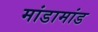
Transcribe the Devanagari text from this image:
मांडामांड